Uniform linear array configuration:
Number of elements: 48
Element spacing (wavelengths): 0.75
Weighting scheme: hamming
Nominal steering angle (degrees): -15
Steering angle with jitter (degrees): -13.934
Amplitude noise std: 0.05
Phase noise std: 0.05

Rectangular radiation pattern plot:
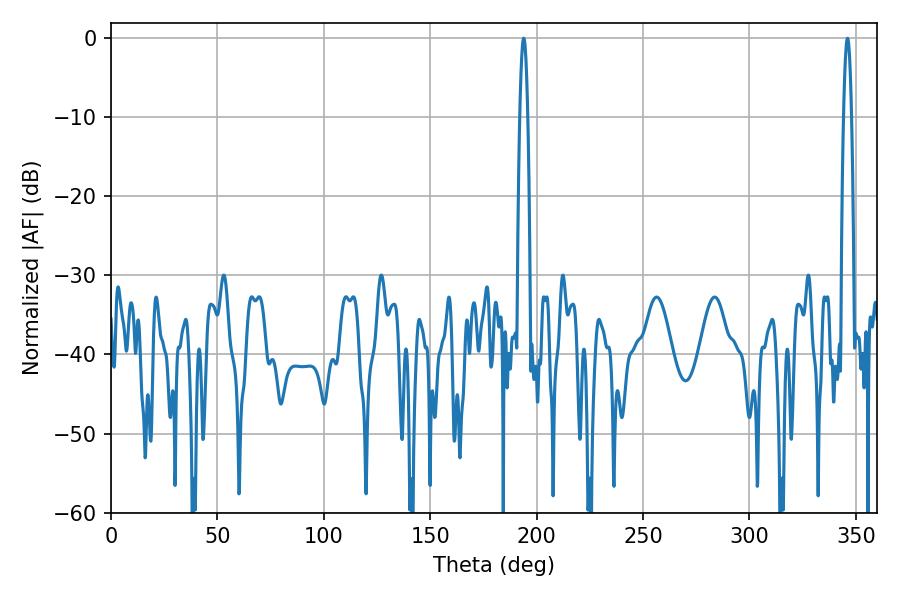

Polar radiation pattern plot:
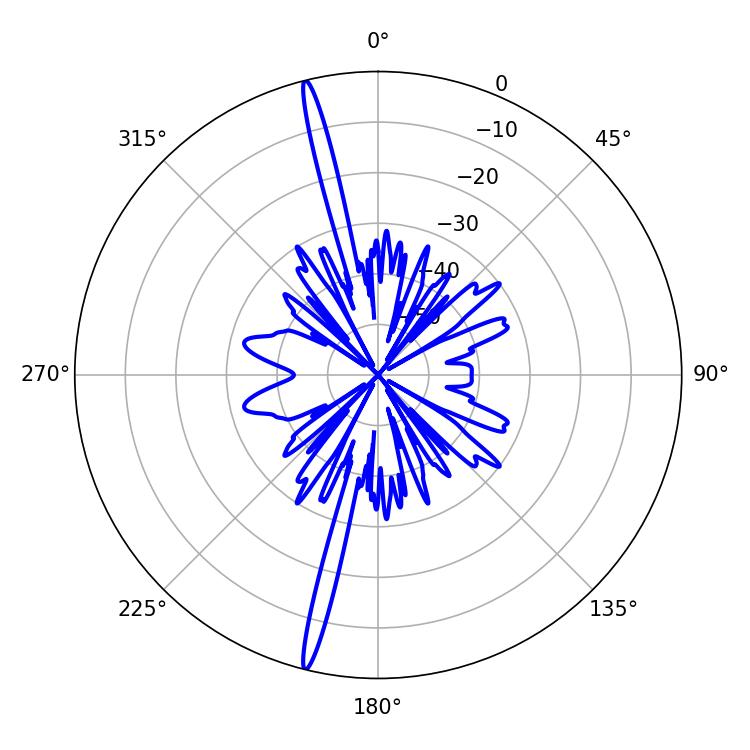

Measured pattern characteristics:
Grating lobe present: TRUE
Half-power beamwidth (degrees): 1.98
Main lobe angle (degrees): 346.14